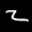
Label: 2